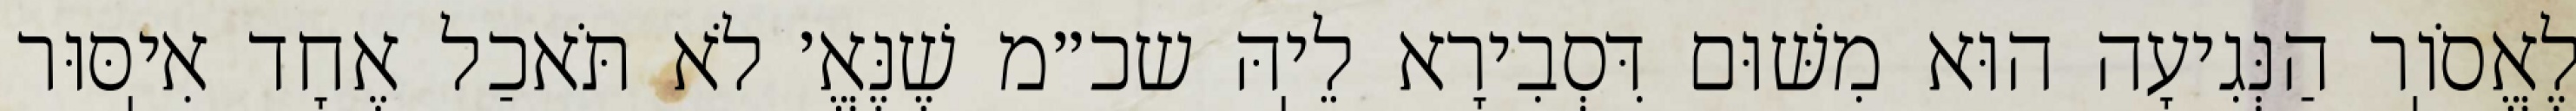
לֶאֱסֹוֽר הַנְּגִיעָה הוּא מִשּׁוּם דִּסְבִירָא לֵיֽהּ שכ״מ שֶׁנֶּאֱ׳ לֹא תֹּאכַל אֶחָד אִיֽסּוּר